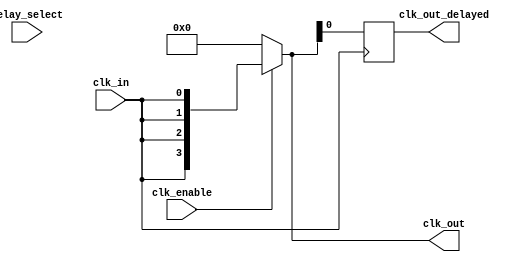
module ClockTreeBuffer (
    input wire clk_in,               // Input Clock Signal
    input wire clk_enable,           // Enable Signal for Clock Gating
    input wire [3:0] delay_select,   // Programmable Delay Configuration
    output wire [3:0] clk_out,       // Multiple Output Clock Signals
    output wire clk_out_delayed      // Example of a delayed output clock
);

    // Parameter for delay value (can be adjusted as per requirements)
    parameter DELAY_0 = 0;           // No Delay
    parameter DELAY_1 = 1;           // 1 time unit Delay
    parameter DELAY_2 = 2;           // 2 time units Delay
    parameter DELAY_3 = 3;           // 3 time units Delay
    parameter DELAY_4 = 4;           // 4 time units Delay
    
    reg [3:0] clk_buffer;             // Buffer for clock distribution
    reg clk_out_delayed_reg;          // Register for delayed clock

    // Clock Gating Logic
    assign clk_buffer = clk_enable ? {4{clk_in}} : 4'b0000; // Disable outputs when not enabled

    // Output Clock Generation with Minimal Skew
    assign clk_out[0] = clk_buffer[0];
    assign clk_out[1] = clk_buffer[1];
    assign clk_out[2] = clk_buffer[2];
    assign clk_out[3] = clk_buffer[3];

    // Programmable Delay Logic (Example for one of the outputs)
    always @(posedge clk_in) begin
        case (delay_select)
            4'b0000: clk_out_delayed_reg <= clk_buffer[0]; // No Delay
            4'b0001: #(DELAY_1) clk_out_delayed_reg <= clk_buffer[0]; // 1 Unit Delay
            4'b0010: #(DELAY_2) clk_out_delayed_reg <= clk_buffer[0]; // 2 Units Delay
            4'b0011: #(DELAY_3) clk_out_delayed_reg <= clk_buffer[0]; // 3 Units Delay
            4'b0100: #(DELAY_4) clk_out_delayed_reg <= clk_buffer[0]; // 4 Units Delay
            default: clk_out_delayed_reg <= clk_buffer[0]; // Default to No Delay
        endcase
    end

    // Assign delayed output
    assign clk_out_delayed = clk_out_delayed_reg;

endmodule